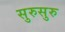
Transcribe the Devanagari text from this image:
सुरुसुरु